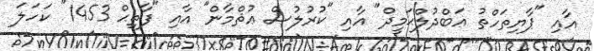
އާއި "ޕާޔިތަހްތު ޢަބްދުލްޙަމީދް" އާއި "ކުރުލުސް ޢުޘްމާން" އާއި "ފާތިޙް 1453" ކަހަލަ